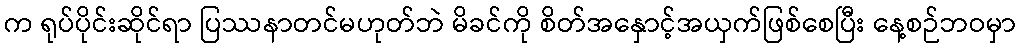
က ရုပ်ပိုင်းဆိုင်ရာ ပြဿနာတင်မဟုတ်ဘဲ မိခင်ကို စိတ်အနှောင့်အယှက်ဖြစ်စေပြီး နေ့စဉ်ဘဝမှာ